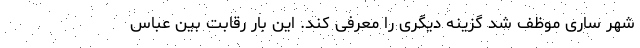
شهر ساری موظف شد گزینه دیگری را معرفی کند. این بار رقابت بین عباس